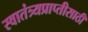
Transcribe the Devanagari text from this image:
स्वातंत्र्यप्राप्तीसाठी